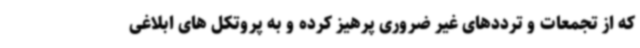
که از تجمعات و ترددهای غیر ضروری پرهیز کرده و به پروتکل های ابلاغی